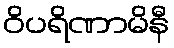
ဝိပရိဏာမိနီ